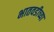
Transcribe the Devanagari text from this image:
भातवडीच्या